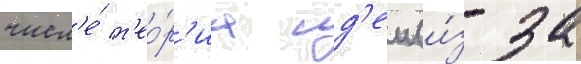
числ'е́ т'ео́р'иа ид'еи (и́з-за